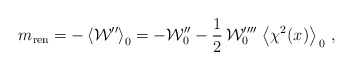
\begin{align*}m_{\rm ren}= -\left\langle {\cal W}'' \right\rangle_0=-{\cal W}''_0 -\frac{1}{2}\,{\cal W}^{\prime\prime\prime\prime}_0 \,\left\langle \chi^2 (x)\right\rangle_{\,0}\,,\end{align*}